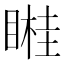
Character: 𥉯